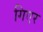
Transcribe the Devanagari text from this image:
गिएर